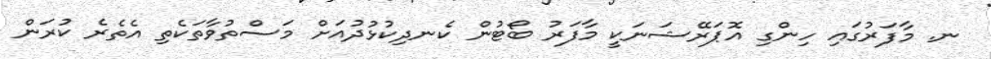
ނ. މާފަރުގައި ހިންގި އޮޕަރޭޝަނަކީ މާފަރު ބޯޓުން ކެނދިކުޅުދުއަށް މަސްތުވާތަކެތި އެތެރެ ކުރަން